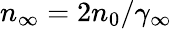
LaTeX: n_{\infty}=2n_{0}/\gamma_{\infty}